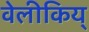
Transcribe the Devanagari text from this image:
वेलीकिय्